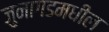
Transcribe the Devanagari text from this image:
जुनागडमधील